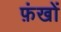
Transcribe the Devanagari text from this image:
फ़ंखों